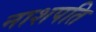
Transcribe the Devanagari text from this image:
नाशपति